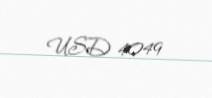
USD 4049